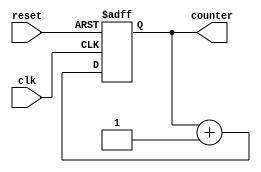
`timescale 1ns / 1ps
//////////////////////////////////////////////////////////////////////////////////
// Company: 
// Engineer: 
// 
// Design Name: 
// Module Name:    upcounter 
// Project Name: 
// Target Devices: 
// Tool versions: 
// Description: 
//
// Dependencies: 
//
// Revision: 
// Revision 0.01 - File Created
// Additional Comments: 
//
//////////////////////////////////////////////////////////////////////////////////
module upcounter(
input clk, reset, 
output [3:0] counter
    );
reg [3:0] counter_up;

always @(posedge clk or posedge reset)
begin
if(reset)
 counter_up <= 4'd0;
else
 counter_up <= counter_up + 4'd1;
end 
assign counter = counter_up;
endmodule